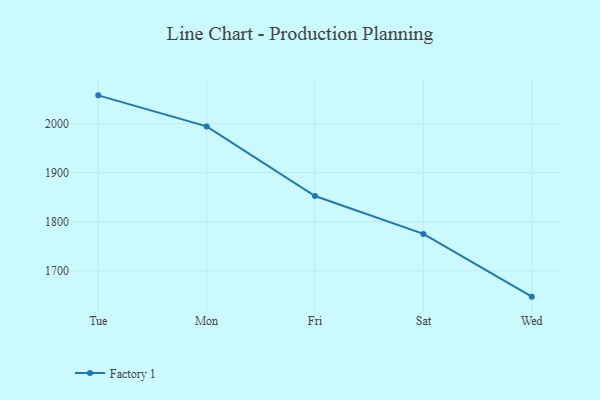
{"axis": {"x": "Day", "y": "Bounce Rate (%)"}, "legend": ["Factory 1"], "data": [{"x": "Tue", "y": 2057.8, "type": "Factory 1"}, {"x": "Mon", "y": 1994.5, "type": "Factory 1"}, {"x": "Fri", "y": 1852.5, "type": "Factory 1"}, {"x": "Sat", "y": 1775.2, "type": "Factory 1"}, {"x": "Wed", "y": 1647.2, "type": "Factory 1"}]}